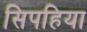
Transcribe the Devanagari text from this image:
सिपहिया